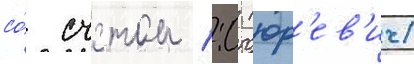
со́ счетом 1:0 (юр'ев'ич)